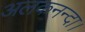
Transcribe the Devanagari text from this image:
अलकनन्दा।